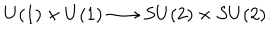
LaTeX: U ( 1 ) \times U ( 1 ) \longrightarrow S U ( 2 ) \times S U ( 2 ) .